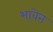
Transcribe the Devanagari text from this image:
भावेन